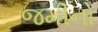
જમીનો